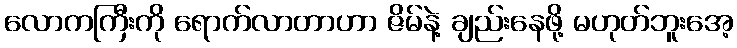
လောကကြီးကို ရောက်လာတာဟာ ဇိမ်နဲ့ ချည်းနေဖို့ မဟုတ်ဘူးအေ့